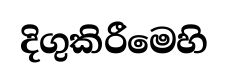
දිගුකිරීමෙහි